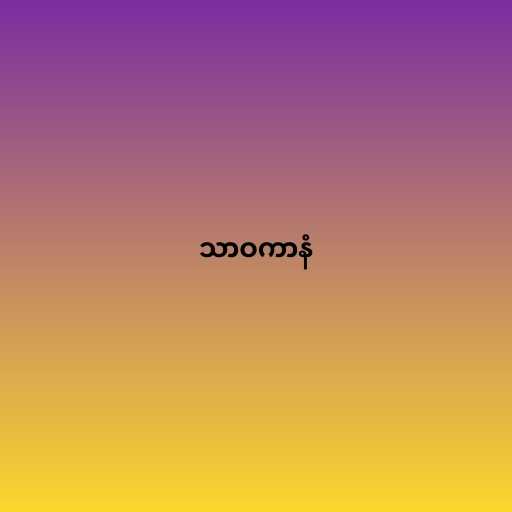
သာဝကာနံ